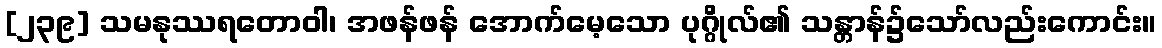
[၂၃၉] သမနုဿရတောဝါ၊ အဖန်ဖန် အောက်မေ့သော ပုဂ္ဂိုလ်၏ သန္တာန်၌သော်လည်းကောင်း။